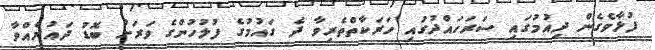
ފުޅާވެގެން ދިއުމުގައި ސަރަހައްދުގައި ހަރަކާތްތެރިވާ ދެ ގައުމުގެ ފުލުހުންގެ ވަރަށް ބޮޑު ދައުރެއްވާ